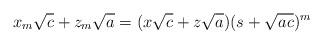
LaTeX: \begin{align*} x_m\sqrt{c}+z_m\sqrt{a} = (x\sqrt{c}+z\sqrt{a})(s+\sqrt{ac})^m\end{align*}